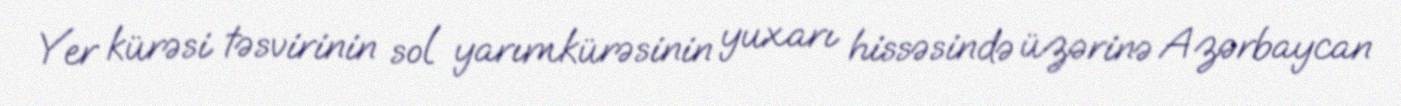
Yer kürəsi təsvirinin sol yarımkürəsinin yuxarı hissəsində üzərinə Azərbaycan